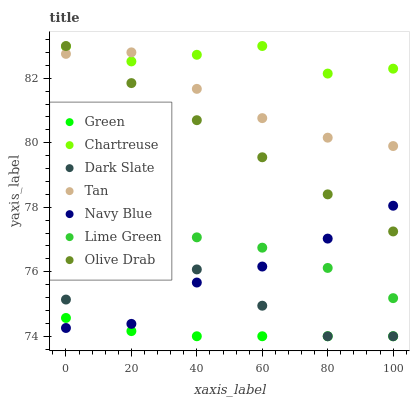
| xaxis_label | Green | Chartreuse | Dark Slate | Tan | Navy Blue | Lime Green | Olive Drab |
 | --- | --- | --- | --- | --- | --- | --- | --- |
 | 0 | 74.6 | 83 | 75.1 | 82.8 | 74.3 | 76.8 | 83 |
 | 20 | 74.2 | 82.5 | 76.1 | 82.8 | 74.4 | 77.1 | 81.9 |
 | 40 | 74 | 82.7 | 76.1 | 81.7 | 75.7 | 77.1 | 80.7 |
 | 60 | 74 | 83 | 74.9 | 80.8 | 76.2 | 76.7 | 79.6 |
 | 80 | 74 | 82.1 | 74 | 80.2 | 77 | 76.1 | 78.4 |
 | 100 | 74 | 82.3 | 74 | 79.9 | 78 | 75.2 | 77.3 |